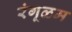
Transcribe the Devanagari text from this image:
रंगूळम